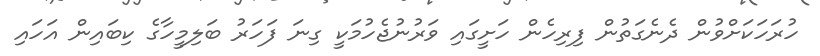
ހުރަހަކަށްވުން ދެނެގަތުން ފިރިހެން ހަށީގައި ވަރުނުޖެހުމަކީ ގިނަ ފަހަރު ބަލިމީހާގެ ކިބައިން އަހައި